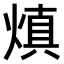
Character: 𤌭